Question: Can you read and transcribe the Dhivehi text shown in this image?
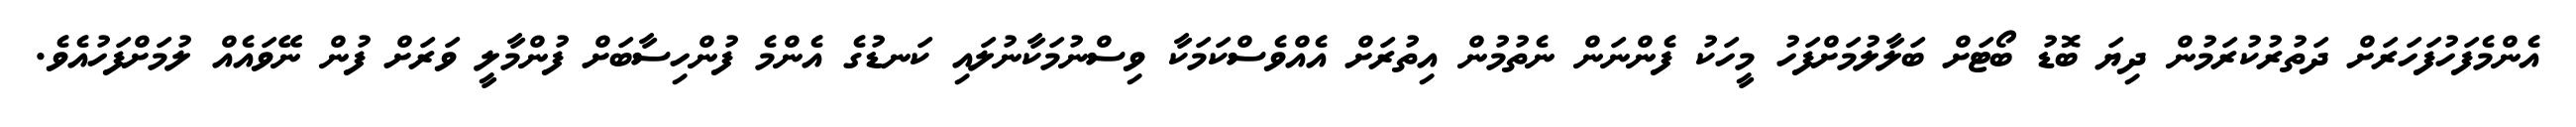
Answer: އެންމެފަހުފަހަރަށް ދަތުރުކުރަމުން ދިޔަ ބޮޑު ބޯޓަށް ބަލާލުމަށްފަހު މީހަކު ފެންނަން ނެތުމުން އިތުރަށް އެއްވެސްކަމަކާ ވިސްނުމަކާނުލައި ކަނޑުގެ އެންމެ ފުންހިސާބަށް ފުންމާލީ ވަރަށް ފުން ނޭވައެއް ލުމަށްފަހުއެވެ.